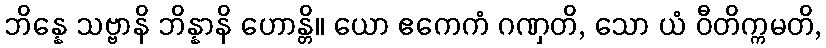
ဘိန္နေ သဗ္ဗာနိ ဘိန္နာနိ ဟောန္တိ။ ယော ဧကေကံ ဂဏှတိ, သော ယံ ဝီတိက္ကမတိ,